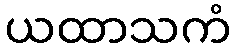
ယထာသကံ